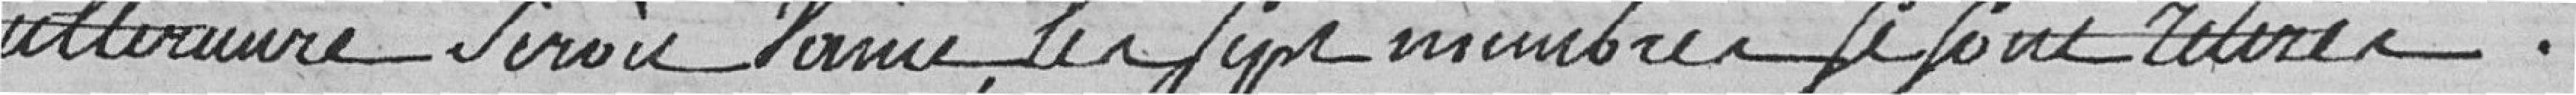
ultérieur serait vaine, les sept membres se sont retirés